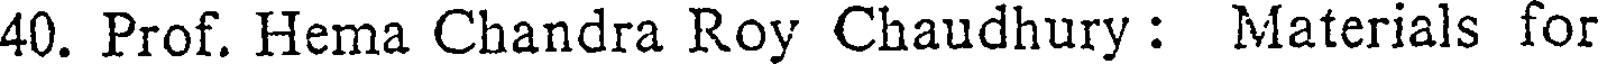
40. Prof. Hema Chandra Roy Chaudhury : Materials for